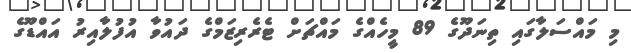
މި މައްސަލާގައި ތިނަދޫގެ 89 މީހެއްގެ މައްޗަށް ޓެރެރިޒަމްގެ ދައުވާ އުފުލާއިރު އައްޑޫގެ